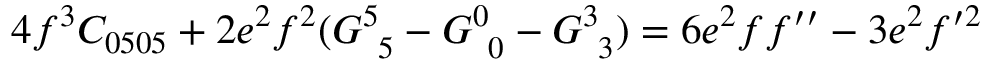
4 f ^ { 3 } C _ { 0 5 0 5 } + 2 e ^ { 2 } f ^ { 2 } ( G _ { \phantom { 5 } 5 } ^ { 5 } - G _ { \phantom { 0 } 0 } ^ { 0 } - G _ { \phantom { 3 } 3 } ^ { 3 } ) = 6 e ^ { 2 } f f ^ { \prime \prime } - 3 e ^ { 2 } f ^ { \prime 2 }